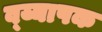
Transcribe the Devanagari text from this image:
व्य्यापक